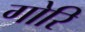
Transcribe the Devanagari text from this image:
गोरि